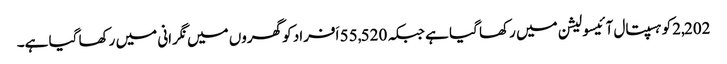
2,202کو ہسپتال آئیسولیشن میں رکھا گیا ہے جبکہ 55,520 اَفراد کو گھروں میں نگرانی میں رکھا گیا ہے۔